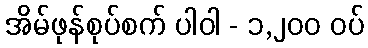
အိမ်ဖုန်စုပ်စက် ပါဝါ - ၁,၂၀၀ ဝပ်